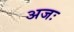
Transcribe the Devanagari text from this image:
अजः